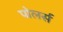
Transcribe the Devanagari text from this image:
पोलर्स